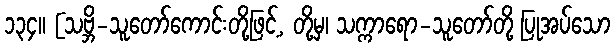
၁၃၄။ [သဗ္ဘိ-သူတော်ကောင်းတို့ဖြင့်, တို့မှ၊ သက္ကာရော-သူတော်တို့ ပြုအပ်သော